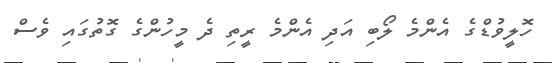
ހޮލީވުޑްގެ އެންމެ ލޯބި އަދި އެންމެ ރީތި ދެ މީހުންގެ ގޮތުގައި ވެސް